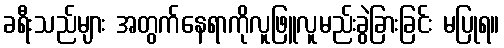
ခရီးသည်များ အတွက်နေရာကိုလူဖြူလူမည်းခွဲခြားခြင်း မပြုရ။